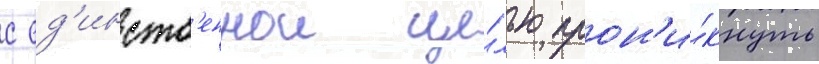
с ед'инств'еннои це́лью прон'и́кнуть